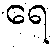
ရေ